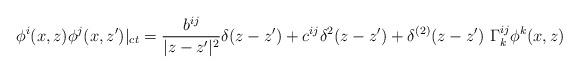
LaTeX: \begin{align*}\phi^i(x,z) \phi^j(x,z')|_{ct} =\frac{b^{ij}}{|z-z'|^2}\delta(z-z')+ c^{ij}\delta^2(z-z')+ \delta^{(2)}(z-z')\ \Gamma^{ij}_k\phi^k(x,z)\end{align*}